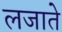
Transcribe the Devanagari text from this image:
लजाते